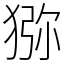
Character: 猕